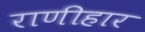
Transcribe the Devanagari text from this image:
राणीहार